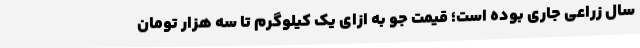
سال زراعی جاری بوده است؛ قیمت جو به ازای یک کیلوگرم تا سه هزار تومان